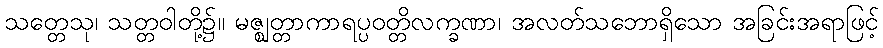
သတ္တေသု၊ သတ္တဝါတို့၌။ မဇ္ဈတ္တာကာရပ္ပဝတ္တိလက္ခဏာ၊ အလတ်သဘောရှိသော အခြင်းအရာဖြင့်